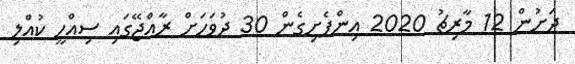
ދަށުން 12 މާރިޗު 2020 އިންފެށިގެން 30 ދުވަހަށް ރާއްޖޭގައި ސިއްހީ ކުއްލި